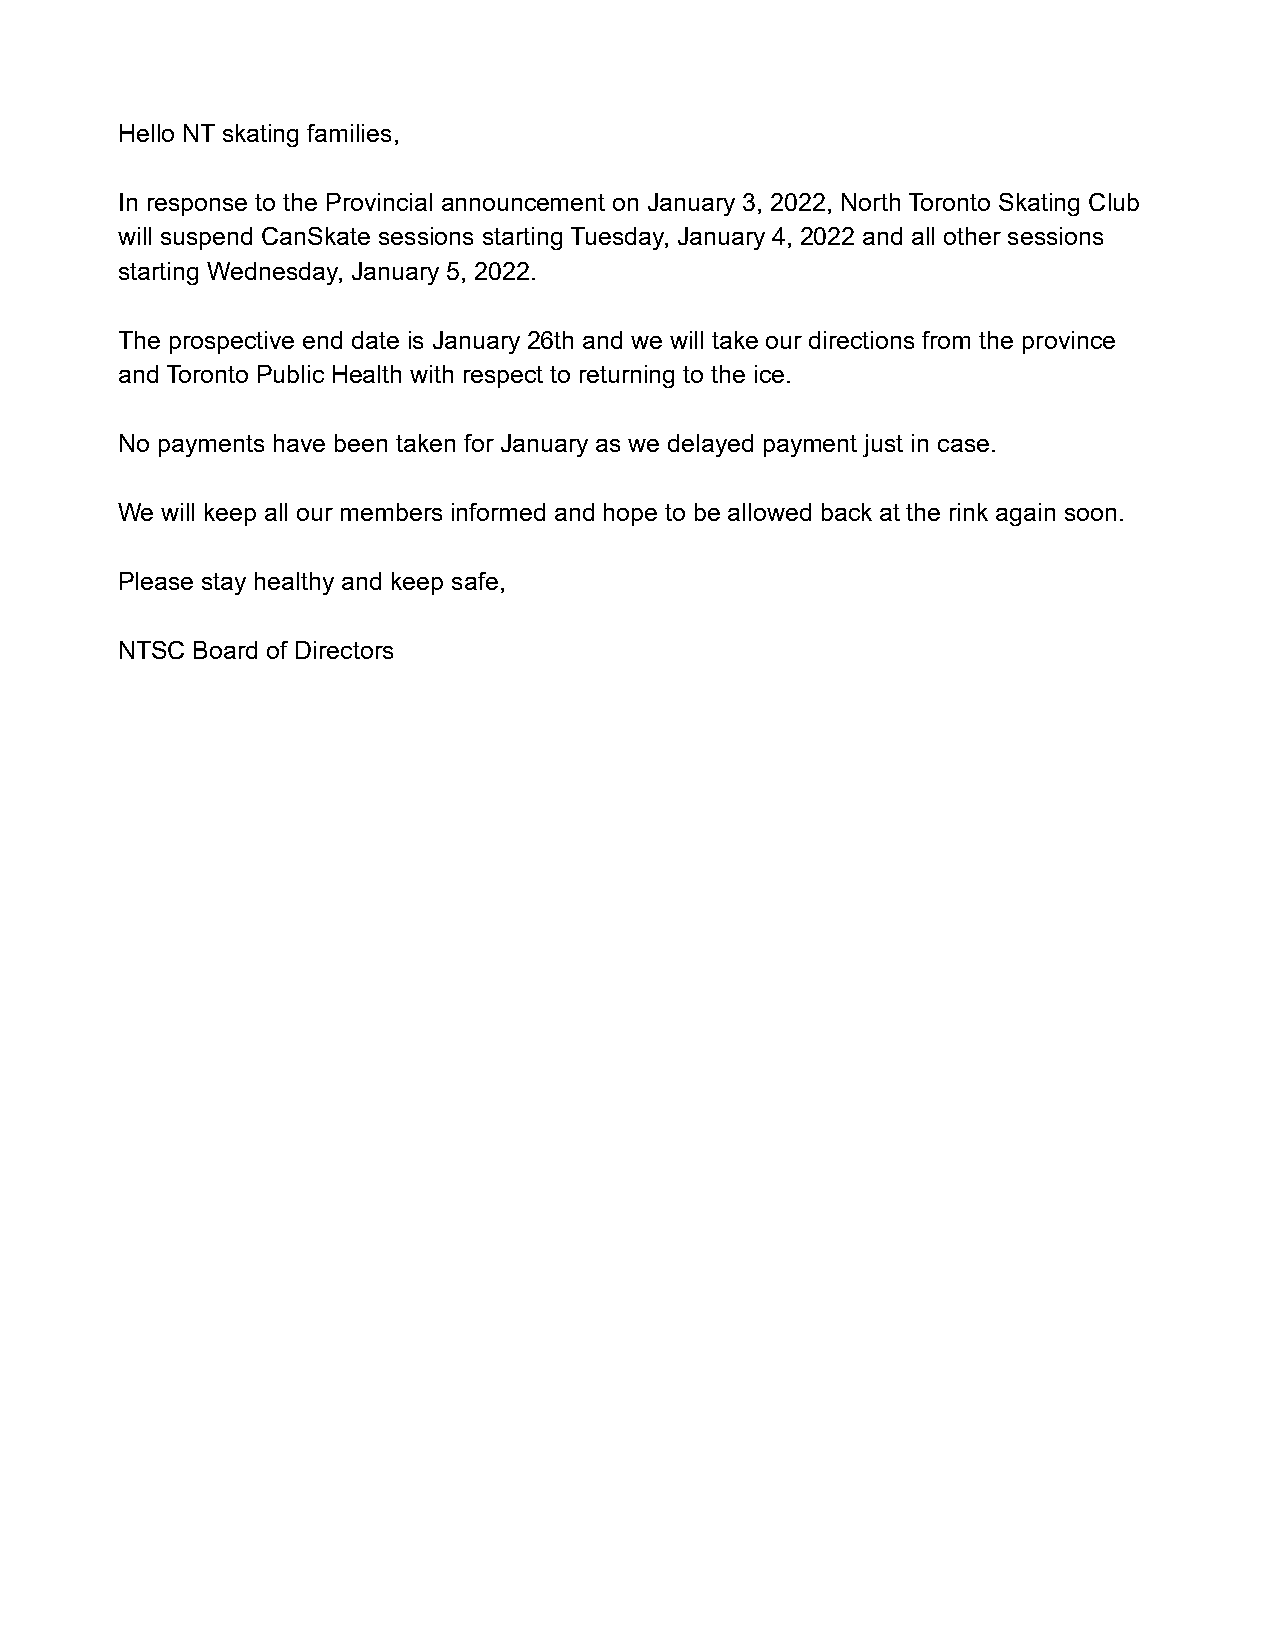
Hello NT skating families,
 In response to the Provincial announcement on January 3, 2022, North Toronto Skating Club
 will suspend CanSkate sessions starting Tuesday, January 4, 2022 and all other sessions
 starting Wednesday, January 5, 2022.
 The prospective end date is January 26th and we will take our directions from the province
 and Toronto Public Health with respect to returning to the ice.
 No payments have been taken for January as we delayed payment just in case.
 We will keep all our members informed and hope to be allowed back at the rink again soon.
 Please stay healthy and keep safe,
 NTSC Board of Directors